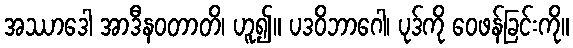
အဿာဒေါ အာဒီနဝတာတိ၊ ဟူ၍။ ပဒဝိဘာဂေါ၊ ပုဒ်ကို ဝေဖန်ခြင်းကို။